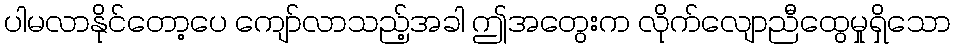
ပါမလာနိုင်တော့ပေ ကျော်လာသည့်အခါ ဤအတွေးက လိုက်လျောညီထွေမှုရှိသော